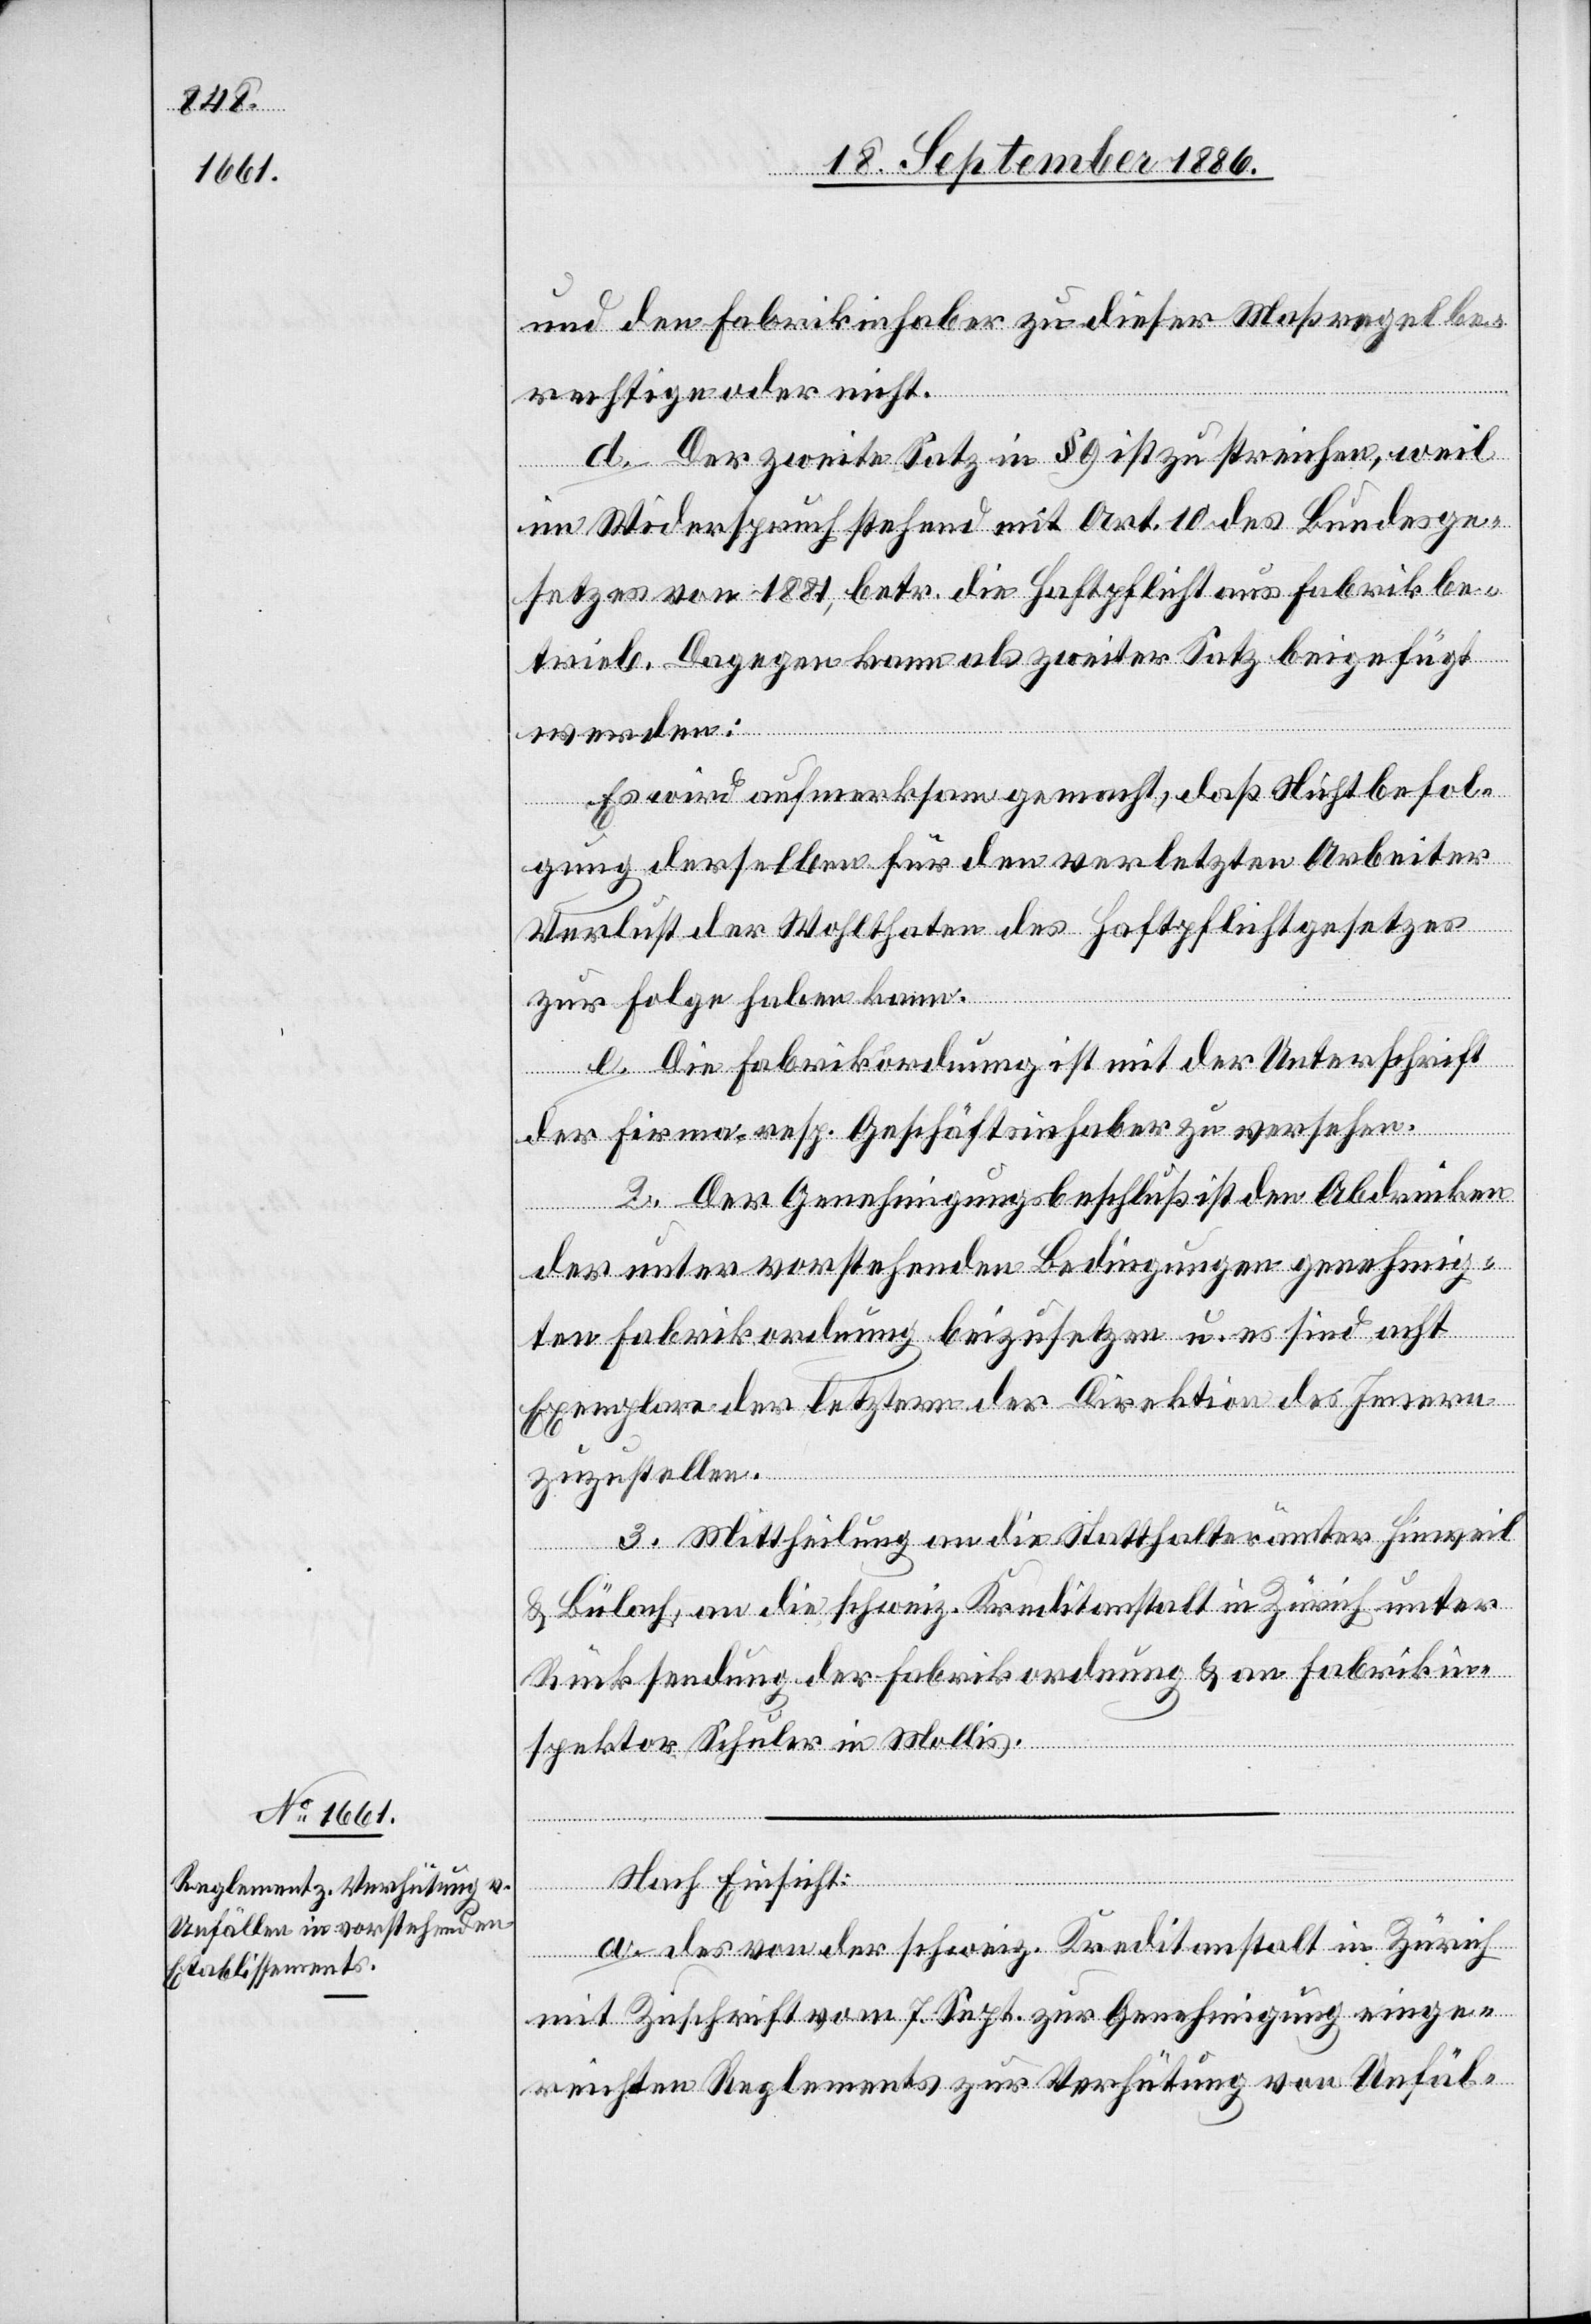
und den Fabrikinhaber zu dieser Maßregel be¬
rechtige oder nicht.
d. Der zweite Satz in § 9 ist zu streichen, weil
im Widerspruch stehend mit Art. 10 des Bundesge¬
setzes von 1881, betr. die Haftpflicht aus Fabrikbe¬
trieb. Dagegen kann als zweiter Satz beigefügt
werden:
Es wird aufmerksam gemacht, daß Nichtbefol¬
gung derselben für den verletzten Arbeiter
Verlust der Wohlthaten des Haftpflichtgesetzes
[Fortset¬
zur Folge haben kann.
e. Die Fabrikordnung ist mit der Unterschrift
zung
der Firma, resp. Geschäftsinhaber zu versehen.
2. Der Genehmigungsbeschluß ist den Abdrücken
der unter vorstehenden Bedingungen genehmig¬
ten Fabrikordnung beizusetzen u. es sind acht
Exemplare der letztern der Direktion des Innern
zuzustellen.
3. Mittheilung an die Statthalterämter Hinweil
Bülach, an die schweiz. Kreditanstalt in Zürich unter
Rücksendung der Fabrikordnung & an Fabrikin¬
spektor Schuler in Mollis.
Nach Einsicht:
a. des von der schweiz. Kreditanstalt in Zürich
mit Zuschrift vom 7. Sept. zur Genehmigung einge¬
reichten Reglements zur Verhütung von Unfäl-